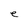
Character: e